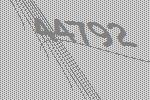
44792